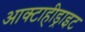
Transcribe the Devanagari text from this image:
आक्टाहीड्राइट